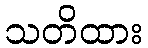
သတိထား